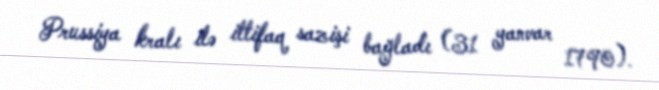
Prussiya kralı ilə ittifaq sazişi bağladı (31 yanvar 1790).